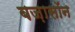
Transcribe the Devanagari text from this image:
बज़ासॉन